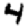
Digit: 4